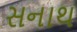
સનાથ